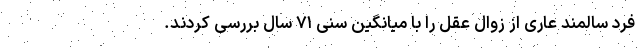
فرد سالمند عاری از زوال عقل را با میانگین سنی ۷۱ سال بررسی کردند.